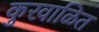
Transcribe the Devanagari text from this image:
कुरवाळित